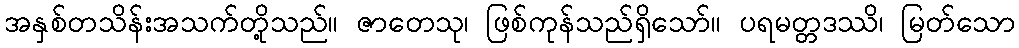
အနှစ်တသိန်းအသက်တို့သည်။ ဇာတေသု၊ ဖြစ်ကုန်သည်ရှိသော်။ ပရမတ္တဒဿိ၊ မြတ်သော